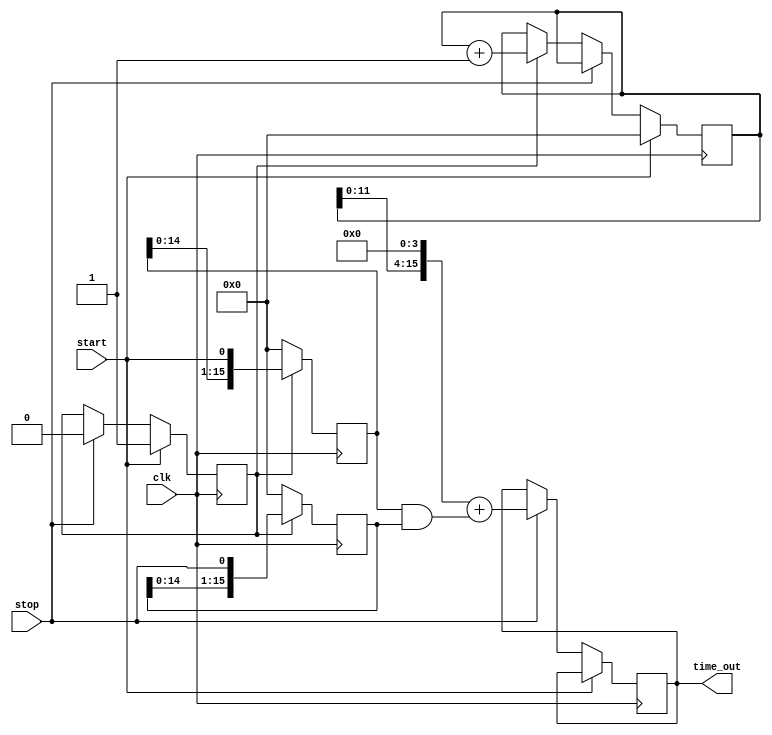
module TDC (
    input wire clk,               // Clock signal
    input wire start,             // Start signal
    input wire stop,              // Stop signal
    output reg [15:0] time_out    // Digital output for time interval
);

// Parameters for delay lines
parameter DELAY_A = 5;           // Delay per stage for Delay Line A
parameter DELAY_B = 4;           // Delay per stage for Delay Line B
parameter NUM_STAGES = 16;       // Number of stages in delay lines

// Internal signals
reg [NUM_STAGES-1:0] delay_a;   // Delay Line A
reg [NUM_STAGES-1:0] delay_b;   // Delay Line B
reg [15:0] counter;              // Counter for clock cycles
reg measuring;                   // Flag for measurement state

// Delay line generation
always @(posedge clk) begin
    if (measuring) begin
        // Shift in the start signal into Delay Line A
        delay_a <= {delay_a[NUM_STAGES-2:0], start};
        // Shift in the stop signal into Delay Line B
        delay_b <= {delay_b[NUM_STAGES-2:0], stop};
    end else begin
        // Reset delay lines when not measuring
        delay_a <= 0;
        delay_b <= 0;
    end
end

// Measurement control
always @(posedge clk) begin
    if (start) begin
        measuring <= 1;          // Start measuring on rising edge of start
        counter <= 0;            // Reset counter
    end else if (stop) begin
        measuring <= 0;          // Stop measuring on rising edge of stop
        time_out <= (counter << 4) + (delay_a & delay_b); // Combine counter and delay lines
    end else if (measuring) begin
        counter <= counter + 1;  // Increment counter while measuring
    end
end

endmodule